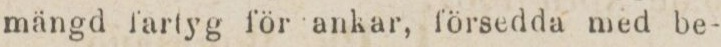
mängd fartyg för ankar, försedda med be-